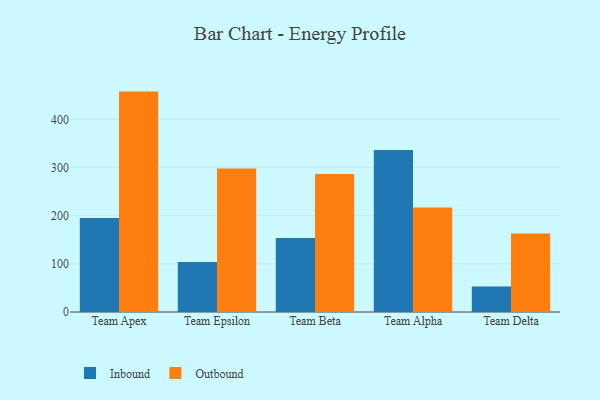
{"axis": {"x": "Team", "y": "Waste Production (Tons)"}, "legend": ["Inbound", "Outbound"], "data": [{"x": "Team Apex", "y": 195.3, "type": "Inbound"}, {"x": "Team Apex", "y": 457.8, "type": "Outbound"}, {"x": "Team Epsilon", "y": 104.0, "type": "Inbound"}, {"x": "Team Epsilon", "y": 298.2, "type": "Outbound"}, {"x": "Team Beta", "y": 153.6, "type": "Inbound"}, {"x": "Team Beta", "y": 286.4, "type": "Outbound"}, {"x": "Team Alpha", "y": 336.4, "type": "Inbound"}, {"x": "Team Alpha", "y": 217.0, "type": "Outbound"}, {"x": "Team Delta", "y": 52.9, "type": "Inbound"}, {"x": "Team Delta", "y": 162.8, "type": "Outbound"}]}